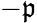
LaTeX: -\mathfrak{p}